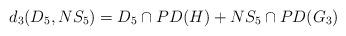
LaTeX: \begin{align*}d_3(D_5,NS_5)=D_5 \cap PD(H) + NS_5\cap PD(G_3)\end{align*}